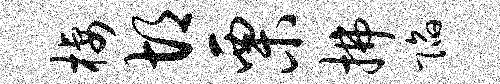
栖胡栗拂陷